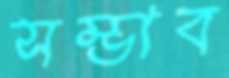
সম্ভাব